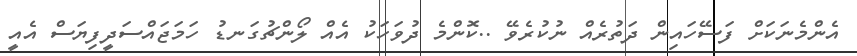
އެންމެނަކަށް ފަސޭހައިން ދަތުރެއް ނުކުރެވޭ ..ކޮންމެ ދުވަހަކު އެއް ލޯންޗުގަނޑު ހަމަޖައްސަދީފިޔަސް އެއީ